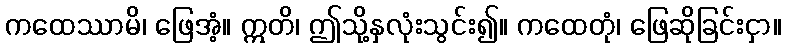
ကထေဿာမိ၊ ဖြေအံ့။ ဣတိ၊ ဤသို့နှလုံးသွင်း၍။ ကထေတုံ၊ ဖြေဆိုခြင်းငှာ။